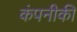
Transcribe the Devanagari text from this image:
कंपनीकी